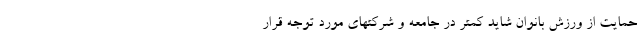
حمایت از ورزش بانوان شاید کمتر در جامعه و شرکتهای مورد توجه قرار